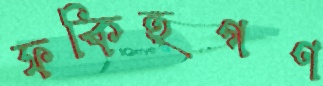
ফকিহগণ